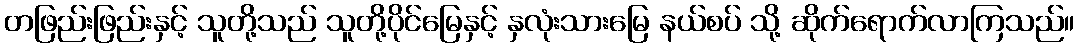
တဖြည်းဖြည်းနှင့် သူတို့သည် သူတို့ပိုင်မြေနှင့် နှလုံးသားမြေ နယ်စပ် သို့ ဆိုက်ရောက်လာကြသည်။